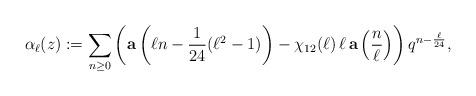
LaTeX: \begin{align*} \alpha_\ell(z):=\sum_{n \geq 0}\left(\textbf{a}\left(\ell n - \frac{1}{24}(\ell^2 - 1)\right) - \chi_{12}(\ell) \, \ell \,\textbf{a} \left(\frac{n}{\ell}\right)\right) q^{n - \frac{\ell}{24}}, \end{align*}